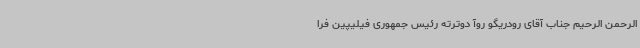
الرحمن الرحیم جناب آقای رودریگو روآ دوترته رئیس جمهوری فیلیپین فرا